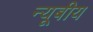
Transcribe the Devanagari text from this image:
न्यूबीय